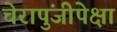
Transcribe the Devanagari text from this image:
चेरापुंजीपेक्षा